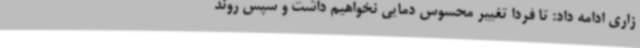
زاری ادامه داد: تا فردا تغییر محسوس دمایی نخواهیم داشت و سپس روند